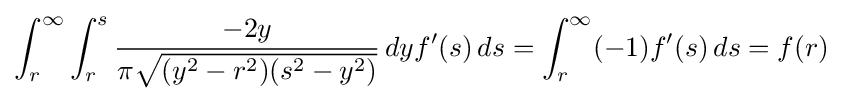
\int _{r}^{\infty }\int _{r}^{s}{\frac {-2y}{\pi {\sqrt {(y^{2}-r^{2})(s^{2}-y^{2})}}}}\,dyf'(s)\,ds=\int _{r}^{\infty }(-1)f'(s)\,ds=f(r)